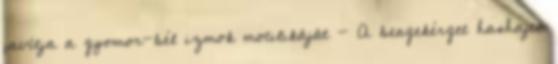
javítja a gyomor-bél izmok motilikáját - A bengekérget hashajtó